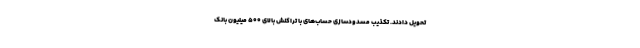
تحویل دادند. تکذیب مسدودسازی حساب‌های با تراکنش بالای ۵۰۰ میلیون بانک